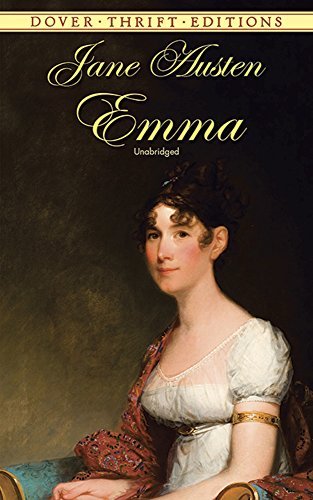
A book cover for Emma (Dover Thrift Editions); Jane Austen; Literature & Fiction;